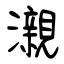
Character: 瀙